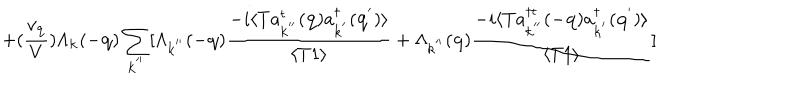
LaTeX: + ( \frac { v _ { { \bf { q } } } } { V } ) \Lambda _ { { \bf { k } } } ( - { \bf { q } } ) \sum _ { { \bf { k } } ^ { ' ^ { \prime } } } [ \Lambda _ { { \bf { k } } ^ { ' ^ { \prime } } } ( - { \bf { q } } ) \frac { - i \langle T a _ { { \bf { k } } ^ { ' ^ { \prime } } } ^ { t } ( { \bf { q } } ) a _ { { \bf { k } } ^ { ' } } ^ { \dagger } ( { \bf { q } } ^ { ' } ) \rangle } { \langle T 1 \rangle } + \Lambda _ { { \bf { k } } ^ { ' ^ { \prime } } } ( { \bf { q } } ) \frac { - i \langle T a _ { { \bf { k } } ^ { ' ^ { \prime } } } ^ { \dagger t } ( - { \bf { q } } ) a _ { { \bf { k } } ^ { ' } } ^ { \dagger } ( { \bf { q } } ^ { ' } ) \rangle } { \langle T 1 \rangle } ]